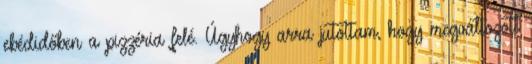
ebédidőben a pizzéria felé. Úgyhogy arra jutottam, hogy megváltozott